Civil Veterinary Dept. North-West Frontier Province 1901-22 - 1901-1922
Year: 1901
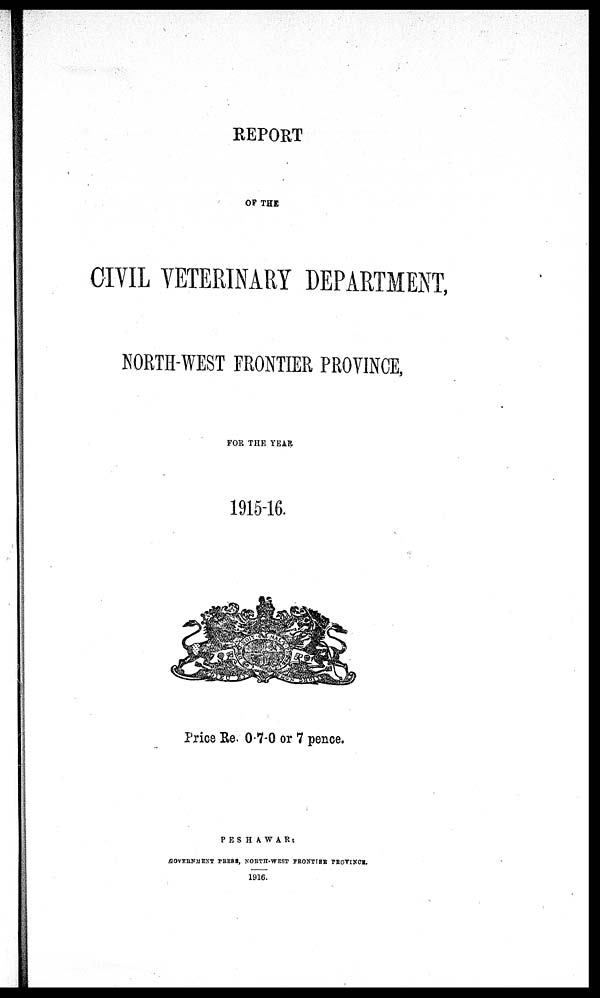
REPORT
OF THE
CIVIL VETERINARY DEPARTMENT,
NORTH-WEST FRONTIER PROVINCE,
FOR THE YEAR
1915-16.
Price Re. 0-7-0 or 7 pence.
PESHAWAR:
GOVERNMENT PRESS NORTH-WEST FRONTIER PROVINCE.
1916.